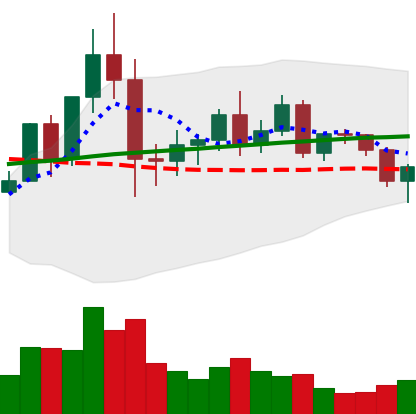
Ticker: NEO-USD
Chart end date: 2020-12-09
Forward return: 3.016%
Label: up_3_5